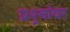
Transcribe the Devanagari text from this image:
प्रश्र्नांवर